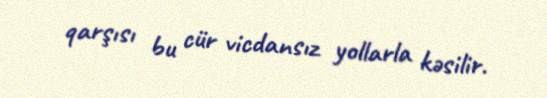
qarşısı bu cür vicdansız yollarla kəsilir.